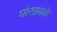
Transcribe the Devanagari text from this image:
घोसावळे